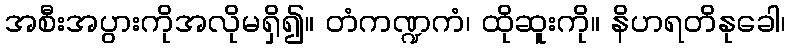
အစီးအပွားကိုအလိုမရှိ၍။ တံကဏ္ဍကံ၊ ထိုဆူးကို။ နိဟရတိနုခေါ၊